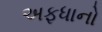
અફધાનો